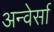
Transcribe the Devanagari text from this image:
अन्वेर्सा